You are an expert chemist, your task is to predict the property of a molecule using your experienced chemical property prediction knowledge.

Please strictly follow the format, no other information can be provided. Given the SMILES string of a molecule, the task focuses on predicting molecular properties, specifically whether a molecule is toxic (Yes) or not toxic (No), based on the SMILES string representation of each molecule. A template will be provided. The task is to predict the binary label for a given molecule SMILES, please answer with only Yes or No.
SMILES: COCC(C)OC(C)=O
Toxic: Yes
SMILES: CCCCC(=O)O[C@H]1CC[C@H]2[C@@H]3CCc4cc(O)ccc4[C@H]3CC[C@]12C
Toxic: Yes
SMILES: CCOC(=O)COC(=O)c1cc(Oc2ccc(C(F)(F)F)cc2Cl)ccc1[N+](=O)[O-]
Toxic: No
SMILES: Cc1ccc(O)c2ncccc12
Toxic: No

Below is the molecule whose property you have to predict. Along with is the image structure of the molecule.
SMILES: O=C(O)c1cc(=O)c2ccccc2o1
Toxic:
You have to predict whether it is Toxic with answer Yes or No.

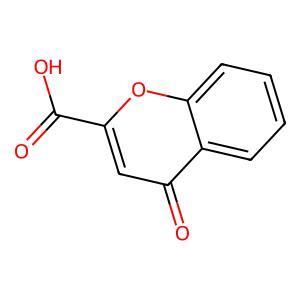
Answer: No